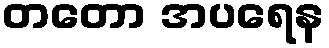
တတော အပရေန